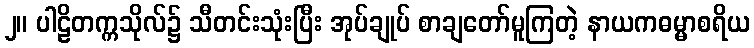
၂။ ပါဠိတက္ကသိုလ်၌ သီတင်းသုံးပြီး အုပ်ချုပ် စာချတော်မူကြတဲ့ နာယကဓမ္မာစရိယ